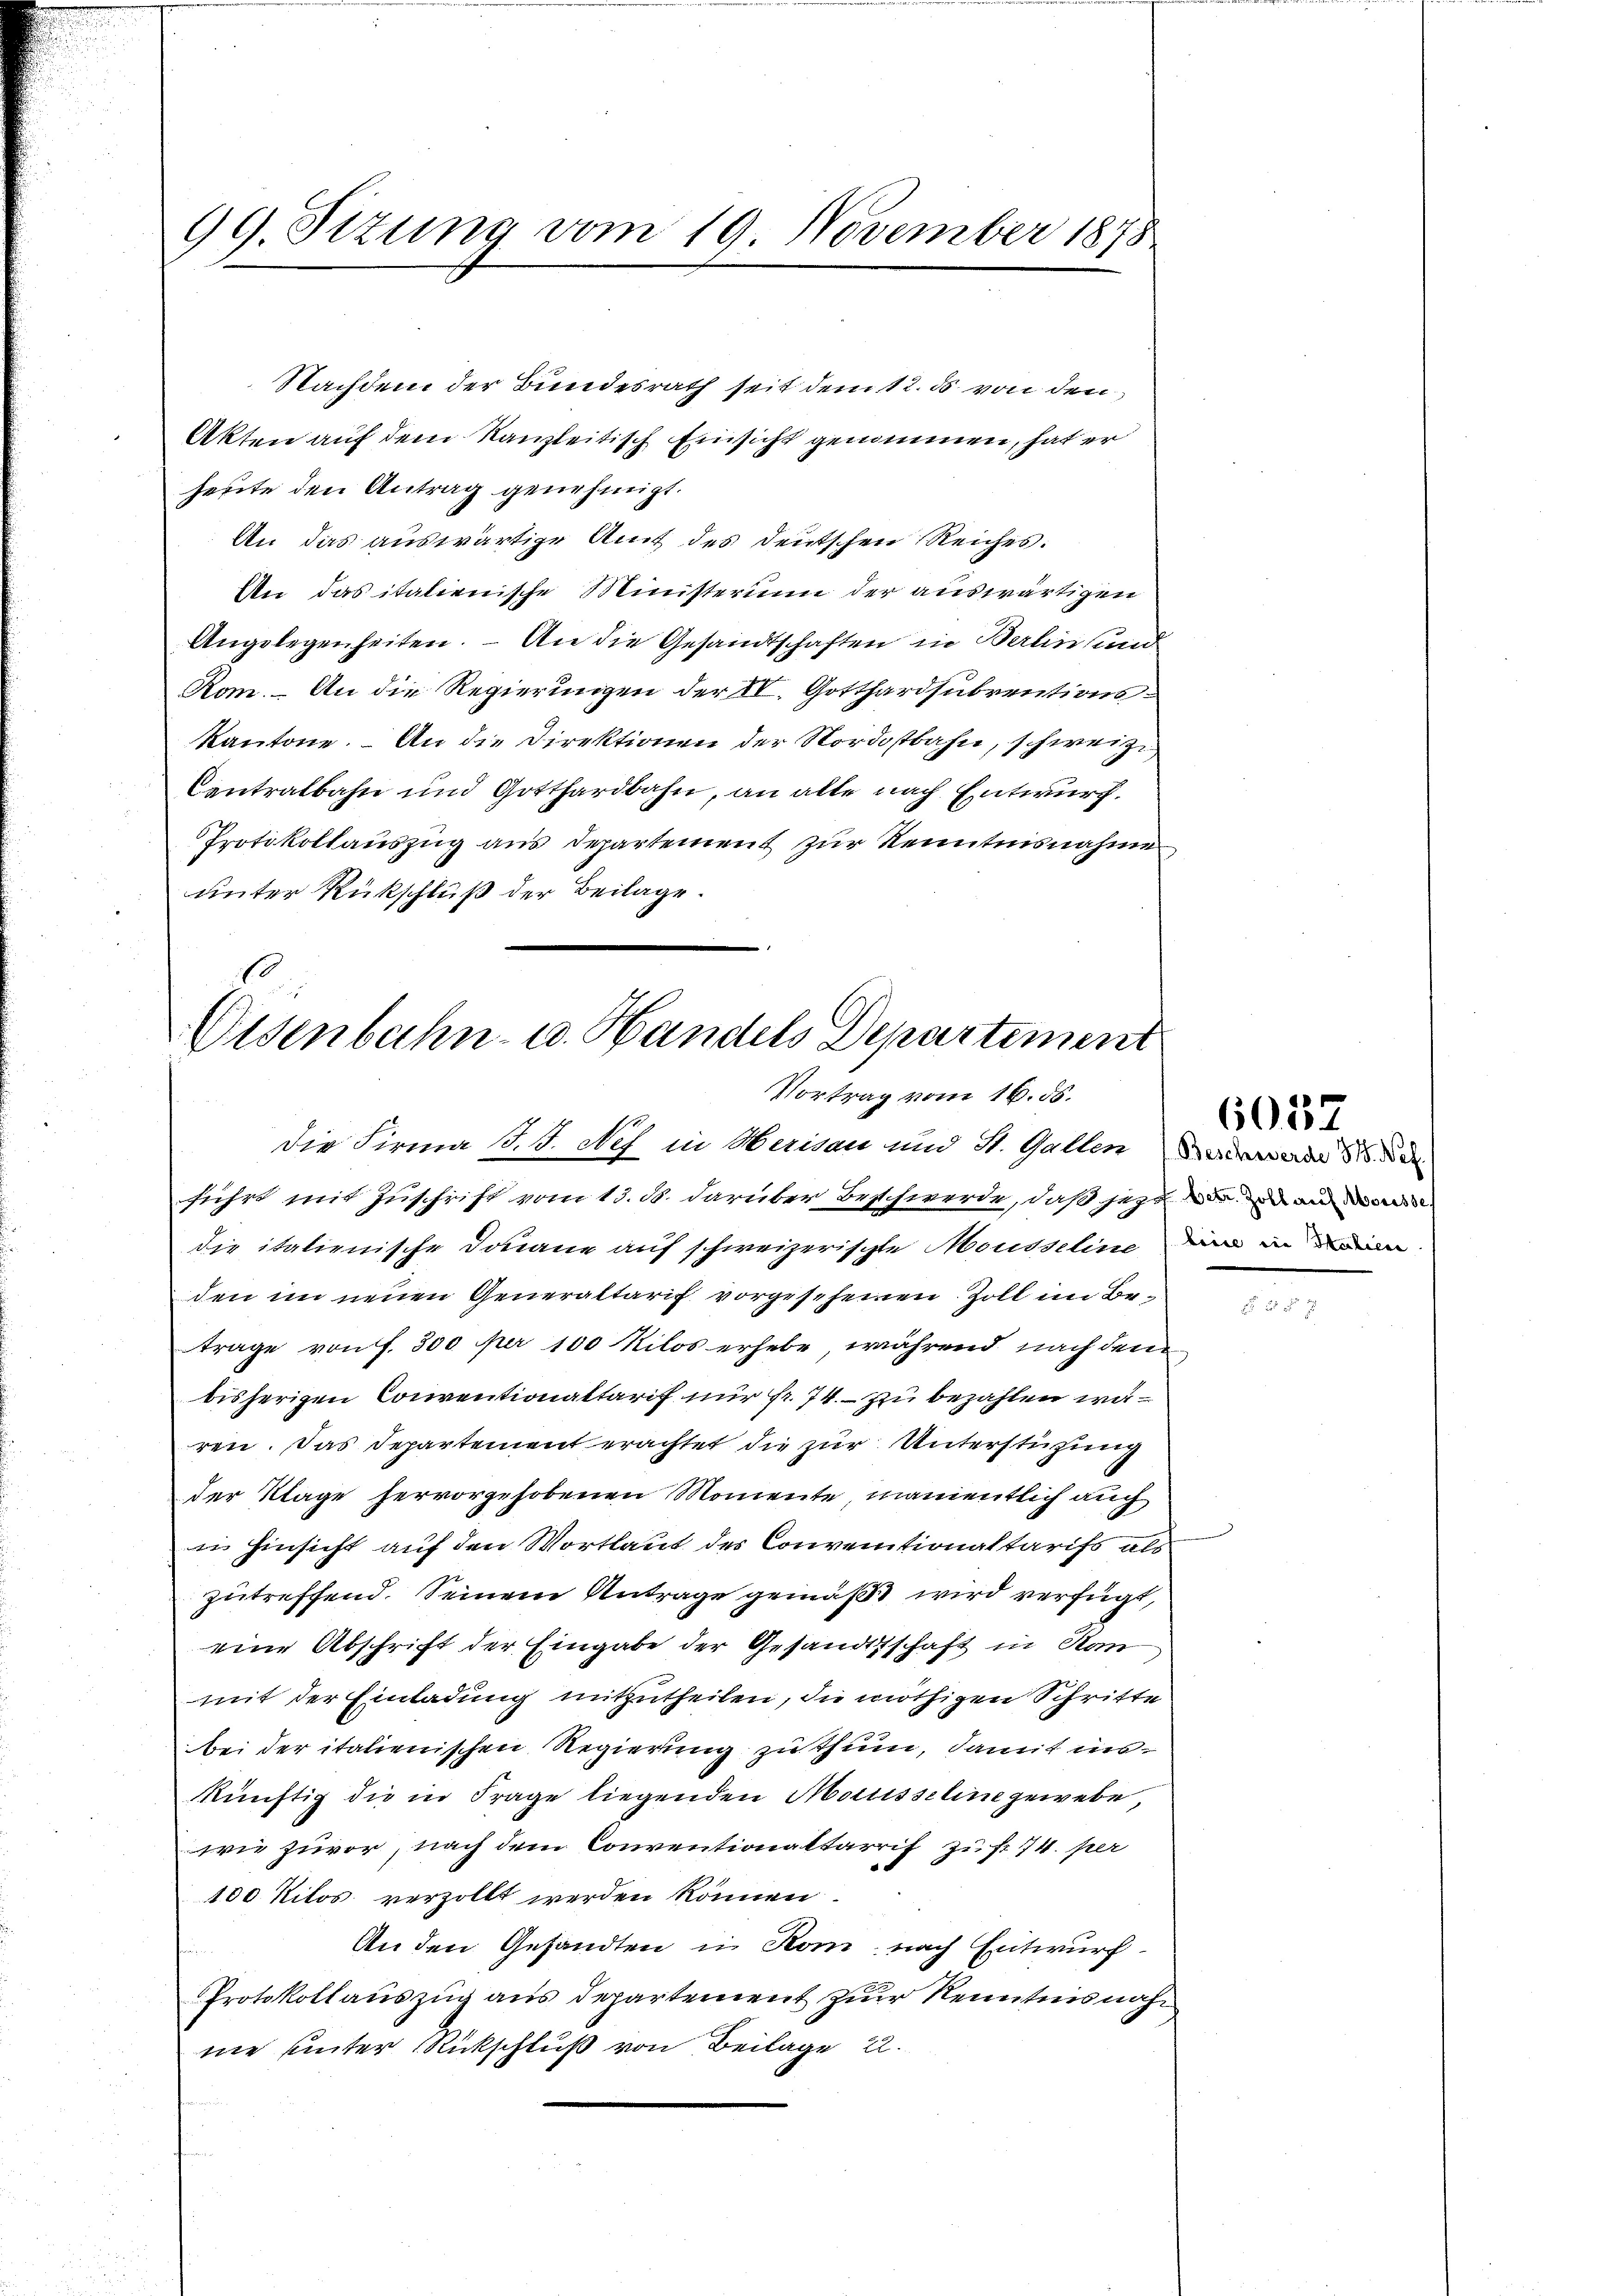
99. Sizung vom 19. November 1878

Nachdem der Bundesrath seit dem 12. ds von den
Akten auf dem Kanzleitisch Einsicht genommen, hat er
heute den Antrag genehmigt.
An das auswärtige Amt des deutschen Reiches.
An das italienische Ministerium der auswärtigen
Angelegenheiten. – An die Gesandtschaften in Berlin und
Rom. – An die Regierungen der IV. Gotthardsubrentions¬
Kantone. An die Direktionen der Nordostbahn, schweize
Centralbahn und Gotthardbahn, an alle nach Entwurf.
Protokollauszug aus Departement zur Kenntnisnahme
unter Rückschluß der Beilage.

10
e
Eisenbahn- u. Handels Departement
Vortrag vom 16. ds.

Die Firma d. J. Nef in Merisau und St. Gallen der
führt mit Zuschrift vom 13. ds. darüber Beschwerde, daß jezt die an man
die italienische Douane auf schweizerischte Mousseline dann in
den im neuen Generaltarif vorgesehenen Zoll im Beträge von f. 300 per 100 Kilos erhebe, während nach den
bisherigen Conventionaltarif nur fr. 74. zu bezahlen, waren. Das Departement erachtet die zur Unterstützung
der Klage hervorgehobenen Momente, namentlich auch
in hinsicht auf den Wortlaut des Conventionaltarifs als
zutreffend. Seinem Antrage gemäß wird verfügt,
eine Abschrift der Eingabe der Gesandtschaft in Han
mit der Einladung mitzutheilen, die nöthigen Schritte
bei der italienischen Regierung zu thun, damit inskünftig die in Frage liegenden Molisseline gewebe,
wie zuvor, nach dem Conventionaltarif zust 174. per
100 Kilos verzollt werden können.
An den Gesandten in Rom, nach Entwurf
Protokollauszug aus Departement zur Kenntnisnahne unter Rückschluß von Beilage u.

6037